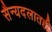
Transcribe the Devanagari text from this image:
सैन्यदलातही